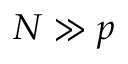
N \gg p